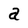
Character: a